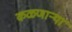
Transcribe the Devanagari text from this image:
कळणाऱ्या